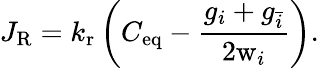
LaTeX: J_{\mathrm{R}}=k_{\mathrm{r}}\left(C_{\mathrm{eq}}-\frac{g_{i}+g_{\bar{i}}}{2\mathrm{w}_{i}}\right).